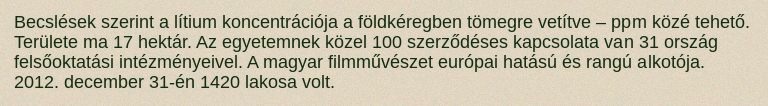
Becslések szerint a lítium koncentrációja a földkéregben tömegre vetítve – ppm közé tehető. Területe ma 17 hektár. Az egyetemnek közel 100 szerződéses kapcsolata van 31 ország felsőoktatási intézményeivel. A magyar filmművészet európai hatású és rangú alkotója. 2012. december 31-én 1420 lakosa volt.